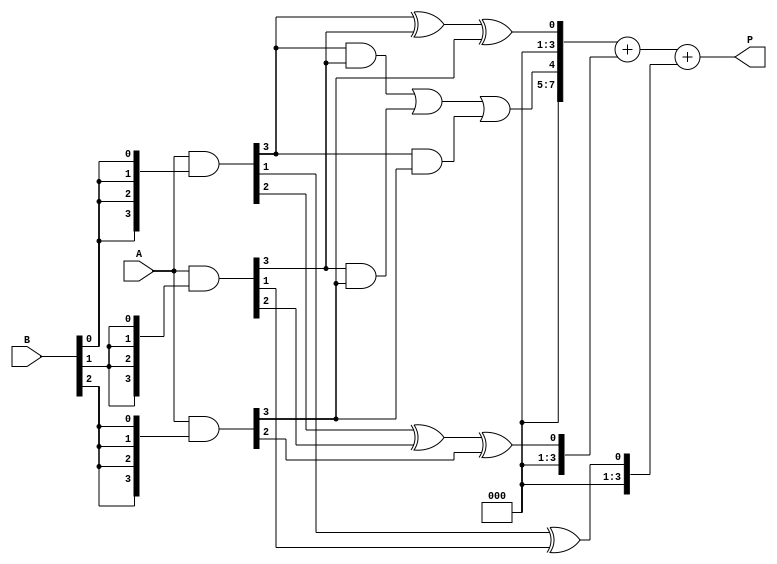
module low_power_wallace_tree_multiplier #(parameter N = 4) (
    input [N-1:0] A,
    input [N-1:0] B,
    output reg [2*N-1:0] P
);

// Partial Product Generation
wire [N-1:0] pp [0:N-1]; // Partial products
genvar i, j;
generate
    for (i = 0; i < N; i = i + 1) begin : pp_gen
        assign pp[i] = A & {N{B[i]}};
    end
endgenerate

// Wallace Tree Reduction
wire [N-1:0] sum [0:N-1]; // Sum outputs
wire [N-1:0] carry [0:N-1]; // Carry outputs

// Stage 1: Reduce partial products using half and full adders
generate
    for (i = 0; i < N; i = i + 1) begin : stage1
        if (i == 0) begin
            assign sum[i] = pp[0][i];
            assign carry[i] = 1'b0;
        end else if (i == 1) begin
            assign sum[i] = pp[0][i] ^ pp[1][i];
            assign carry[i] = pp[0][i] & pp[1][i];
        end else begin
            wire [N-1:0] fa_sum;
            wire [N-1:0] fa_carry;
            assign fa_sum = pp[0][i] ^ pp[1][i] ^ pp[2][i];
            assign fa_carry = (pp[0][i] & pp[1][i]) | (pp[1][i] & pp[2][i]) | (pp[0][i] & pp[2][i]);
            assign sum[i] = fa_sum;
            assign carry[i] = fa_carry;
        end
    end
endgenerate

// Final Summation
wire [2*N-1:0] final_sum;
wire [2*N-1:0] final_carry;

assign final_sum = {carry[N-1], sum[N-1]} + {1'b0, sum[N-2]} + {2'b00, sum[N-3]}; // Adjust based on the number of stages
assign P = final_sum;

endmodule